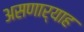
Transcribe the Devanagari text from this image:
असणार्याह